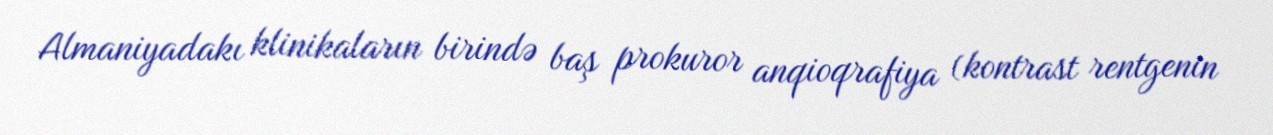
Almaniyadakı klinikaların birində baş prokuror anqioqrafiya (kontrast rentgenin